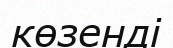
көзенді